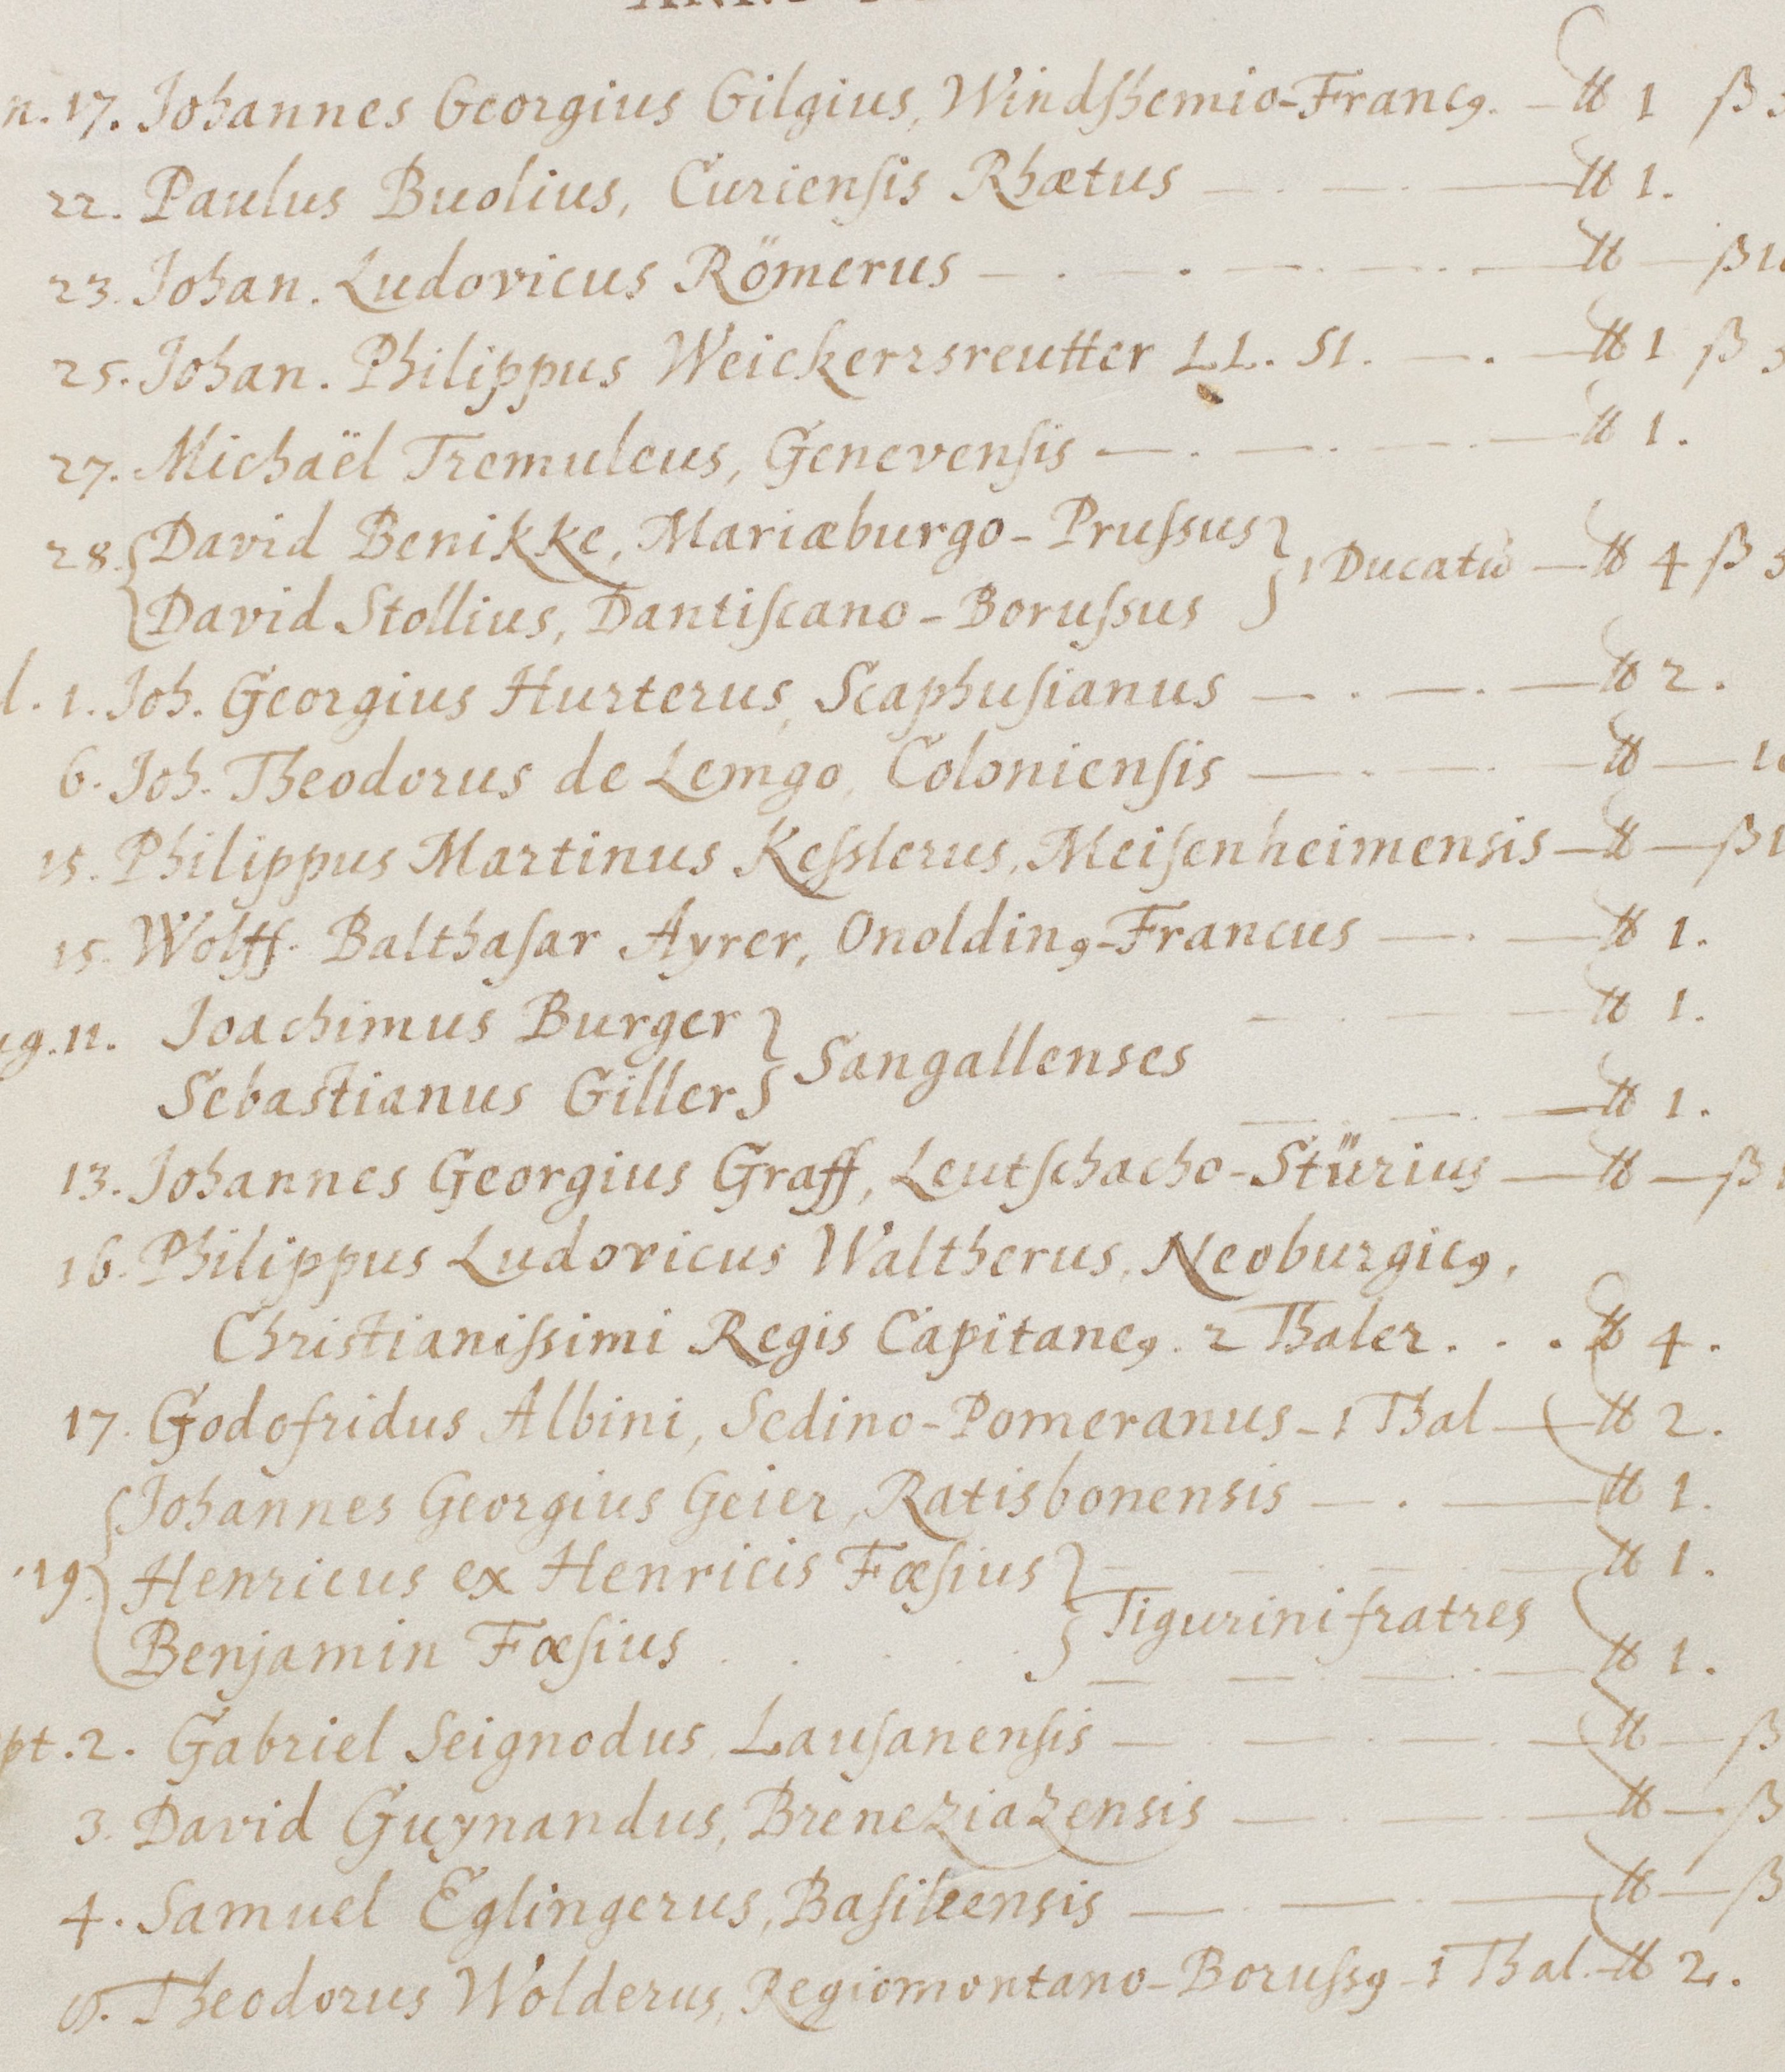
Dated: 1568–1653